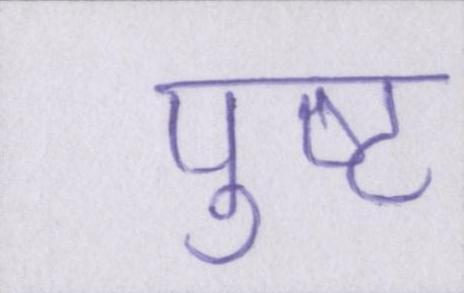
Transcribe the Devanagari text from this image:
पुष्ट